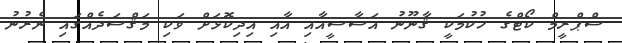
ސްޕްރީމް ކޯޓްގެ ހުކުމަކީ ޤާނޫނު އަސާސީއާއި އާއި އިދިކޮޅަށް ވަކި މަޤްސަދެއްގައި ނެރުނު